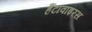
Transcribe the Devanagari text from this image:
हैंटावाइरस